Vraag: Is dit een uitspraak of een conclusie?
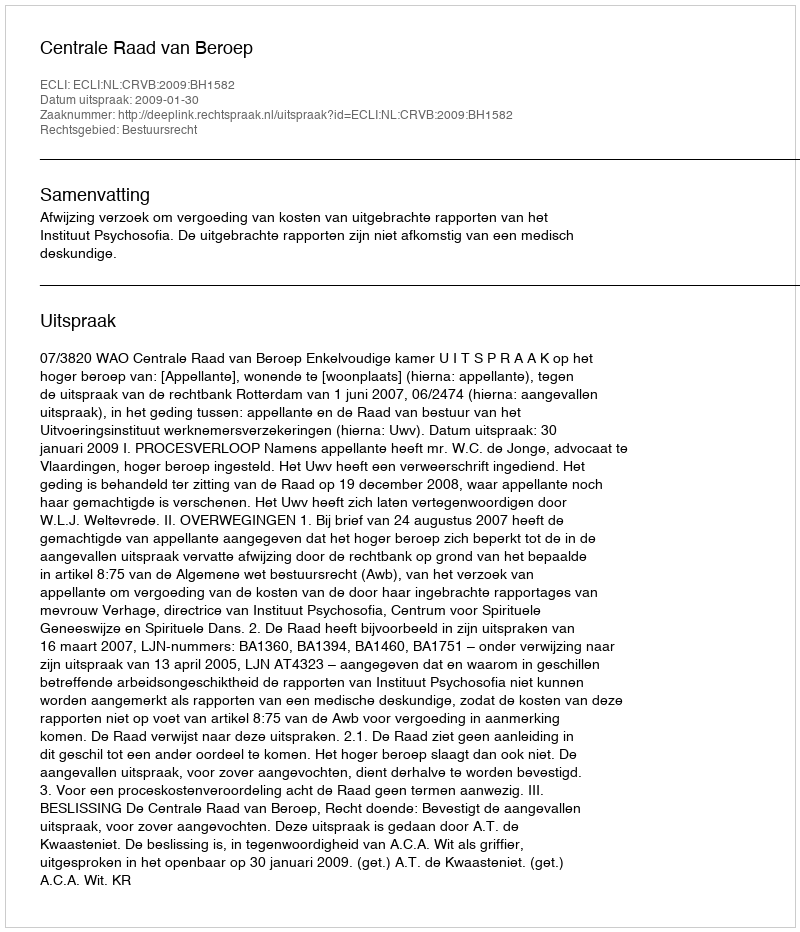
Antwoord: Uitspraak